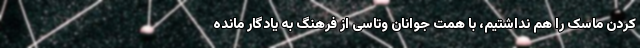
کردن ماسک را هم نداشتیم، با همت جوانان وتاسی از فرهنگ به یادگار مانده